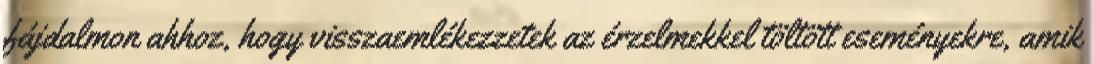
fájdalmon ahhoz, hogy visszaemlékezzetek az érzelmekkel töltött eseményekre, amik